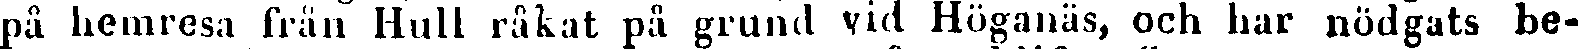
pä hemresa från Hull rakat på grund vid Höganäs, och har nödgats be-